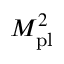
M _ { \mathrm { { p l } } } ^ { 2 }